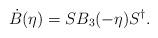
LaTeX: \begin{align*}\dot{B}(\eta) = S B_{3}(-\eta) S^{\dagger} .\end{align*}